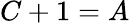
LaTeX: C+1=A